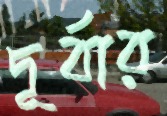
দূর্বার